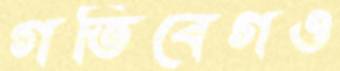
গতিবেগও